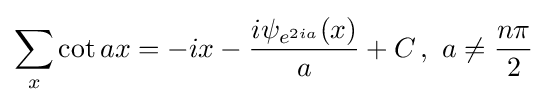
\sum _{x}\cot ax=-ix-{\frac {i\psi _{e^{2ia}}(x)}{a}}+C\,,\,\,a\neq {\frac {n\pi }{2}}